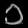
Digit: ၁